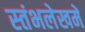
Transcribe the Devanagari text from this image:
स्‍तंभलेखमें